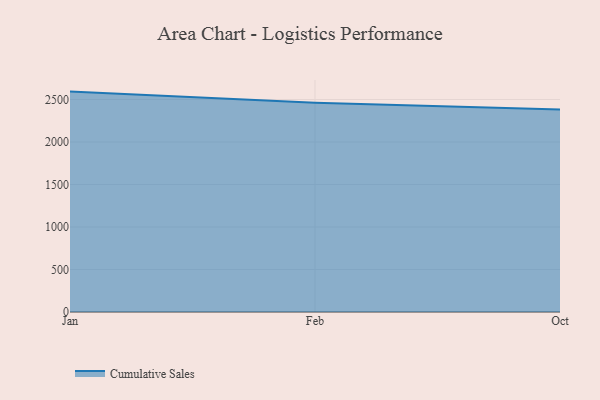
{"axis": {"x": "Month", "y": "Waste Production (Tons)"}, "legend": ["Cumulative Sales"], "data": [{"x": "Jan", "y": 2592.9, "type": "Cumulative Sales"}, {"x": "Feb", "y": 2461.9, "type": "Cumulative Sales"}, {"x": "Oct", "y": 2381.7, "type": "Cumulative Sales"}]}